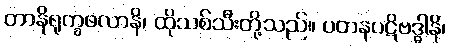
တာနိရုက္ခဖလာနိ၊ ထိုသစ်သီးတို့သည်။ ပတနပဋိဗဒ္ဓါနိ၊